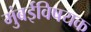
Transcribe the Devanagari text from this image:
मुंबईविषयक